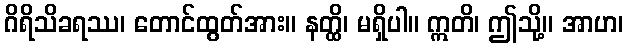
ဂိရိသိခရဿ၊ တောင်ထွတ်အား။ နတ္ထိ၊ မရှိပါ။ ဣတိ၊ ဤသို့။ အာဟ၊